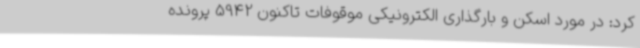
کرد: در مورد اسکن و بارگذاری الکترونیکی موقوفات تاکنون 5942 پرونده